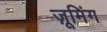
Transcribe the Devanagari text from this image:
ज़ूमिंग